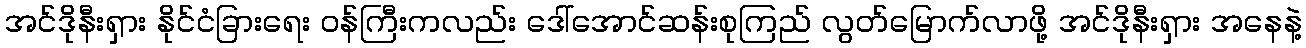
အင်ဒိုနီးရှား နိုင်ငံခြားရေး ဝန်ကြီးကလည်း ဒေါ်အောင်ဆန်းစုကြည် လွတ်မြောက်လာဖို့ အင်ဒိုနီးရှား အနေနဲ့